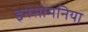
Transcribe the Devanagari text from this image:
इनसोमनिया